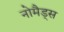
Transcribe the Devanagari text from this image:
नोमैड्स